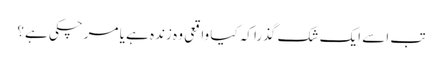
تب اسے ایک شک گذرا کہ کیا واقعی وہ زندہ ہے یا مرچکی ہے؟